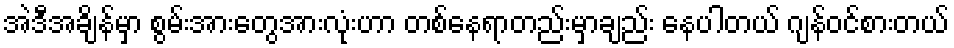
အဲဒီအချိန်မှာ စွမ်းအားတွေအားလုံးဟာ တစ်နေရာတည်းမှာချည်း နေပါတယ် ဂျန်ဝင်စားတယ်